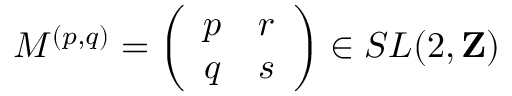
M ^ { ( p , q ) } = \left( \begin{array} { c c } { { p } } & { { r } } \\ { { q } } & { { s } } \end{array} \right) \in S L ( 2 , { \bf Z } )